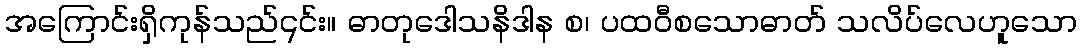
အကြောင်းရှိကုန်သည်၎င်း။ ဓာတုဒေါသနိဒါန စ၊ ပထဝီစသောဓာတ် သလိပ်လေဟူသော